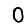
Digit: 0